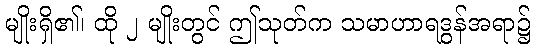
မျိုးရှိ၏၊ ထို ၂ မျိုးတွင် ဤသုတ်က သမာဟာရဒွန်အရာ၌